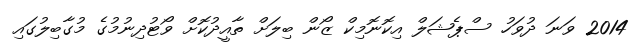
2014 ވަނަ ދުވަހު ސްޕެޝަލް އިކޮނޮމިކް ޒޯން ބިލަށް ތާއީދުކޮށް ވޯޓުދިނުމުގެ މުގާބިލުގައި